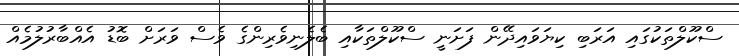
ސްކޫލްތަކުގައި އަރަބި ކިޔަވައިދޭން ފަށަނީ ސްކޫލްތަކާއި ބެލެނިވެރިންގެ ވެސް ވަރަށް ބޮޑު އެއްބާރުލުމެއް